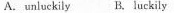
A. uniuckily B. luckily